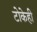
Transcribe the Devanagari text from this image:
टोकेही